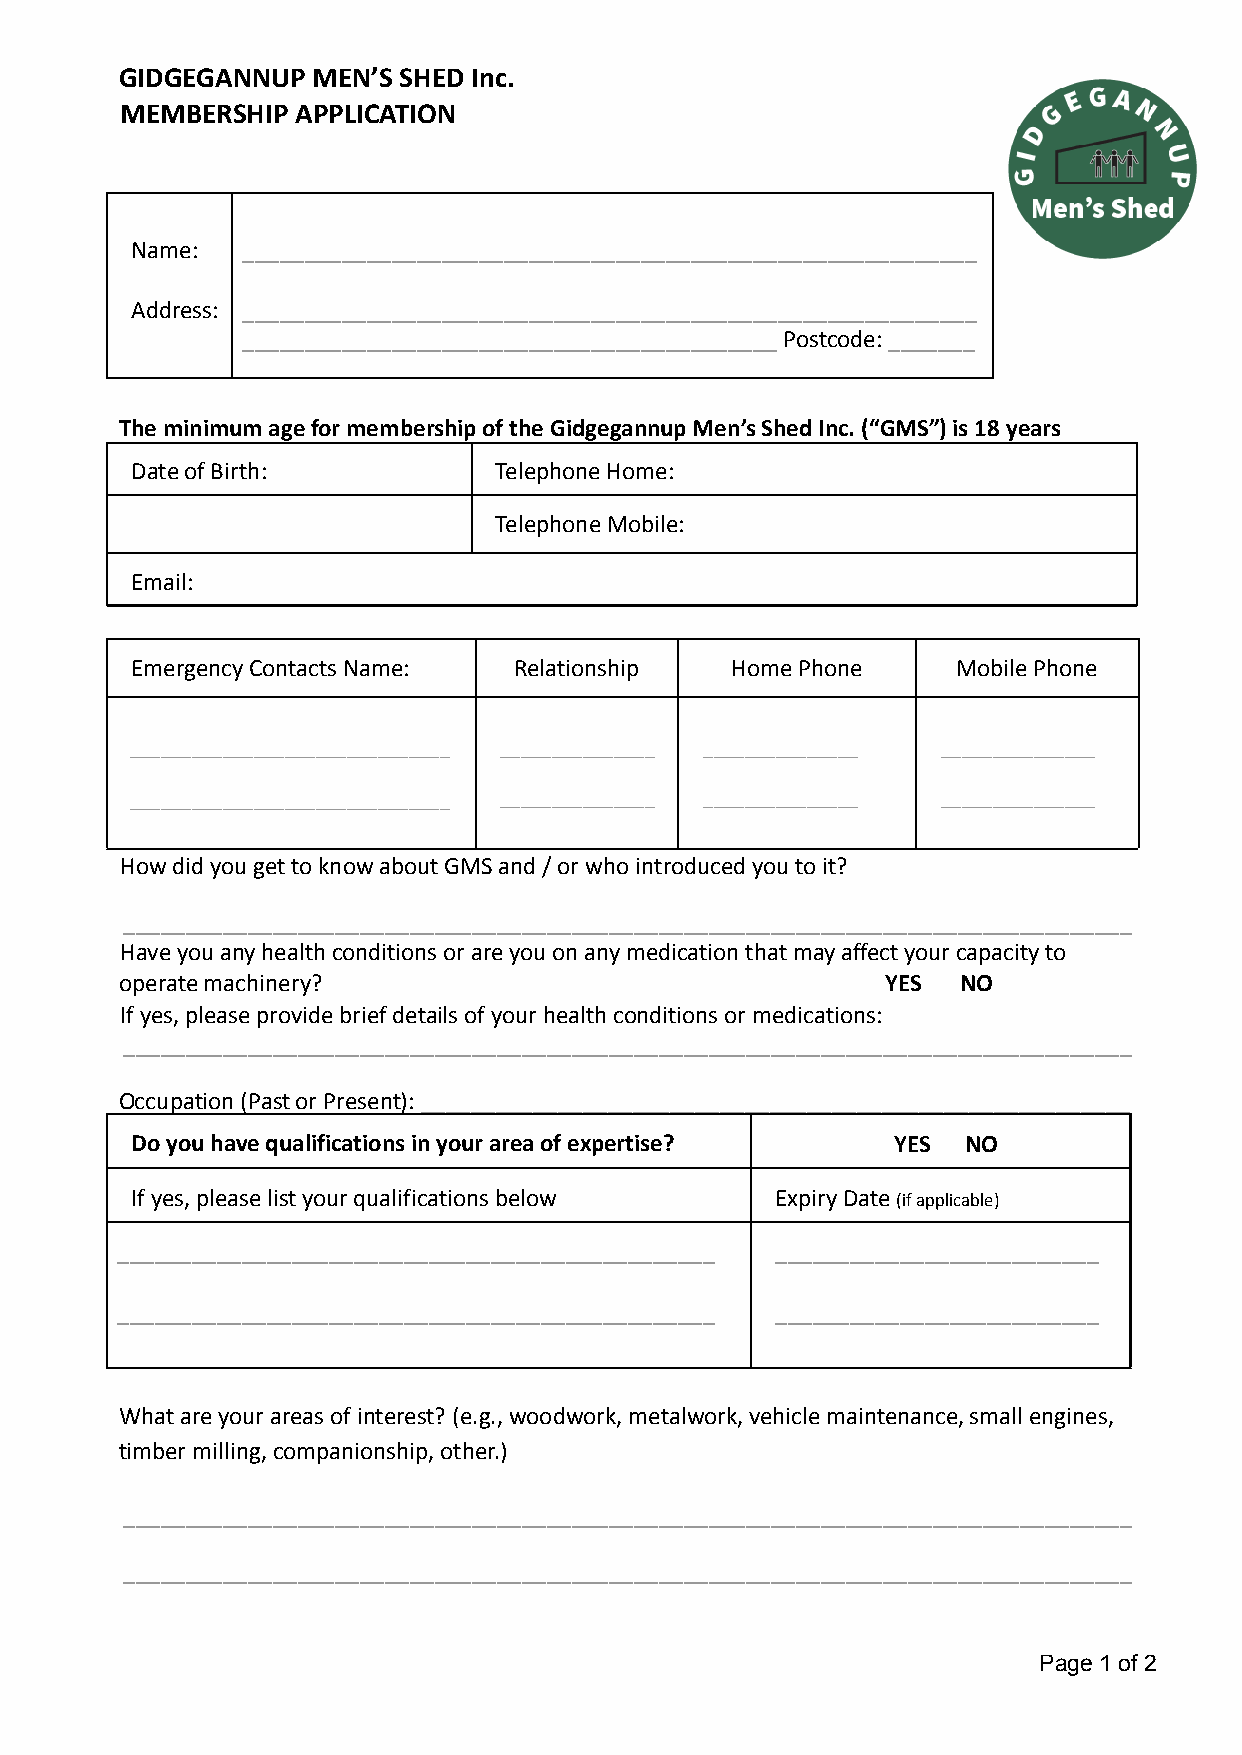
GIDGEGANNUP  MEN’S SHED Inc.
 MEMBERSHIP  APPLICATION
 Name:  ___________________________________________________________
 Address: ___________________________________________________________
 ___________________________________________Postcode:_______
 The minimum age for membership of the Gidgegannup Men’s Shed Inc. (“GMS”) is 18 years
 Date of Birth:          Telephone Home:
 Telephone Mobile:
 Email:
 Emergency Contacts Name: Relationship  Home Phone     Mobile Phone
 _______________________________ _______________ _______________ _______________
 _______________________________ _______________ _______________ _______________
 How did you get to know about GMS and / or who introduced you to it?
 _________________________________________________________________________________
 Have you any health conditions or are you on any medication that may affect your capacity to
 operate machinery?                                 YES  NO
 If yes, please provide brief details of your health conditions or medications:
 _________________________________________________________________________________
 Occupation (Past or Present):_________________________________________________________
 Do you have qualifications in your area of expertise? YES NO
 If yes, please list your qualifications below Expiry Date(if applicable)
 ________________________________________________ __________________________
 ________________________________________________ __________________________
 What are your areas of interest? (e.g., woodwork, metalwork, vehicle maintenance, small engines,
 timber milling, companionship, other.)
 _________________________________________________________________________________
 _________________________________________________________________________________
 Page 1 of 2